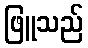
ဖြူသည်